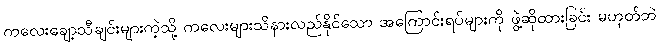
ကလေးချော့သီချင်းများကဲ့သို့ ကလေးများသိနားလည်နိုင်သော အကြောင်းရပ်များကို ဖွဲ့ဆိုထားခြင်း မဟုတ်ဘဲ